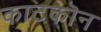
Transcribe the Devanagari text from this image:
काटकॊन